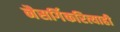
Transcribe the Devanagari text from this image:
नैसर्गिकरित्याही